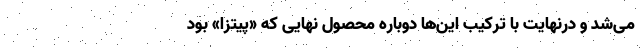
می‌شد و درنهایت با ترکیب این‌ها دوباره محصول نهایی که «پیتزا» بود